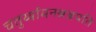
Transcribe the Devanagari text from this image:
चतुर्थ्यामनश्नञ्जपति